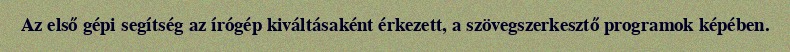
Az első gépi segítség az írógép kiváltásaként érkezett, a szövegszerkesztő programok képében.